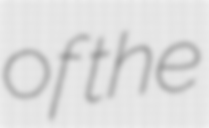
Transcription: of the